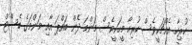
ހުރިހާ އެއްޗަކީވެސް ހުރިހާ މީހަކީވެސް މަންމަ ދެން ބައްޕަ އާއި މަންމަގެ ބެސްޓް